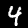
Label: 4